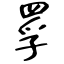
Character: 罦